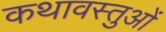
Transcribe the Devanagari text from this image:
कथावस्तुओं